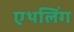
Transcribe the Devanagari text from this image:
एथलिंग